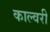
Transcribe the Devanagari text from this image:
काल्वरी